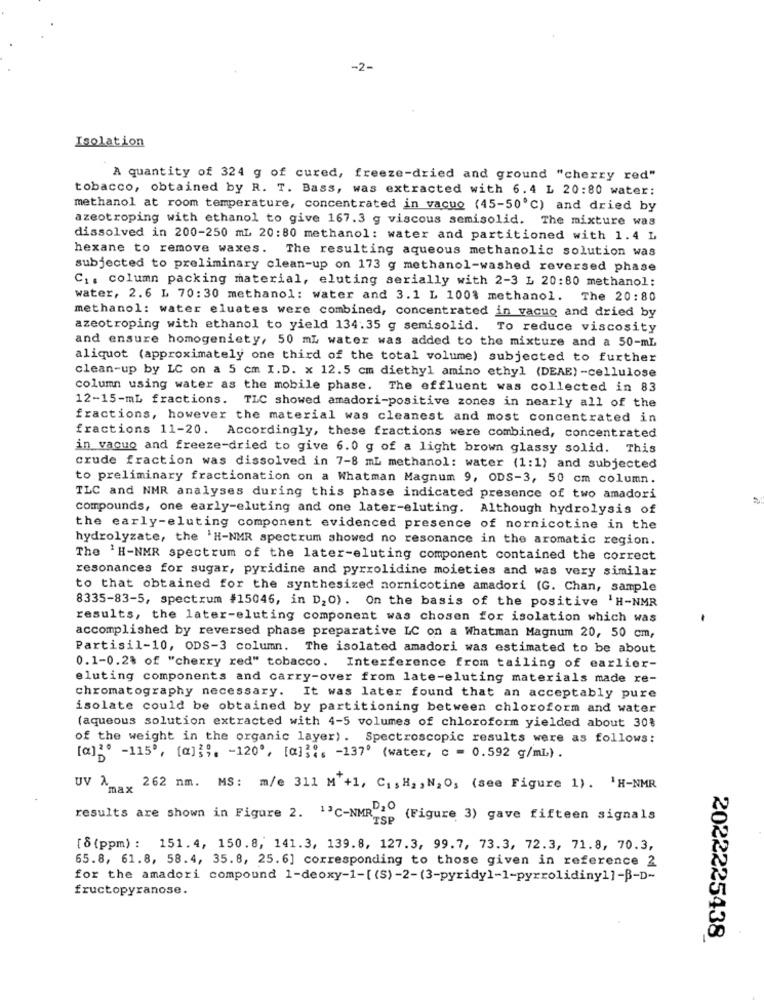
-2-
Isolation
A quantity of 324 g of cured, freeze-dried and ground "cherry red"
tobacco, obtained by R. T. Bass, was extracted with 6.4 L 20:80 water:
methanol at room temperature, concentrated in vacuo (45-50℃) and dried by
azeotroping with ethanol to give 167.3 g viscous semisolid. The mixture was
dissolved in 200-250 mL 20:80 methanol: water and partitioned with 1.4 L
hexane to remove waxes. The resulting aqueous methanolic solution was
subjected to preliminary clean-up on 173 g methanol-washed reversed phase
C1. column packing material, eluting serially with 2-3 L 20:80 methanol:
water, 2.6 L 70:30 methanol: water and 3.1 L 100% methanol. The 20:80
methanol: water eluates were combined, concentrated in vacuo and dried by
azeotroping with ethanol to yield 134.35 g semisolid. To reduce viscosity
and ensure homogeniety, 50 mL water was added to the mixture and a 50-mL
aliquot (approximately one third of the total volume) subjected to further
clean-up by LC on a 5 cm I.D. x 12.5 cm diethyl amino ethyl (DEAE) -cellulose
column using water as the mobile phase. The effluent was collected in 83
12-15-mL fractions. TLC showed amadori-positive zones in nearly all of the
fractions, however the material was cleanest and most concentrated in
fractions 11-20. Accordingly, these fractions were combined, concentrated
in vacuo and freeze-dried to give 6.0 g of a light brown glassy solid. This
crude fraction was dissolved in 7-8 mL methanol: water (1:1) and subjected
to preliminary fractionation on a Whatman Magnum 9, ODS-3, 50 cm column.
TLC and NMR analyses during this phase indicated presence of two amadori
compounds, one early-eluting and one later-eluting.
Although hydrolysis of
the early-eluting component evidenced presence of nornicotine in the
hydrolyzate, the 'H-NMR spectrum showed no resonance in the aromatic region.
The 'H-NMR spectrum of the later-eluting component contained the correct
resonances for sugar, pyridine and pyrrolidine moieties and was very similar
to that obtained for the synthesized nornicotine amadori (G. Chan, sample
8335-83-5, spectrum #15046, in D,O). On the basis of the positive 'H-NMR
results, the later-eluting component was chosen for isolation which was
accomplished by reversed phase preparative LC on a Whatman Magnum 20, 50 cm,
Partisil-10, ODS-3 column. The isolated amadori was estimated to be about
0.1-0.2% of "cherry red" tobacco. Interference from tailing of earlier-
eluting components and carry-over from late-eluting materials made re-
chromatography necessary. It was later found that an acceptably pure
isolate could be obtained by partitioning between chloroform and water
(aqueous solution extracted with 4-5 volumes of chloroform yielded about 30%
of the weight in the organic layer). Spectroscopic results were as follows:
[a]2º -115', [a] } ;, - 120, [a]} ;, - 137 (water, c = 0.592 g/mL) .
UV A_
"max
262 mm. MS: m/e 311 M +1, C1,H2, N2O, (see Figure 1) . 'H-NMR
results are shown in Figure 2. 13C-NMRD20
"rsp (Figure 3) gave fifteen signals
[8 (ppm) : 151. 4, 150.8, 141.3, 139.8, 127.3, 99.7, 73.3, 72.3, 71.8, 70.3,
65.8, 61.8, 58.4, 35.8, 25.6] corresponding to those given in reference 2
for the amadori compound 1-deoxy-1-[ (S)-2-(3-pyridy1-1-pyrrolidiny1]-B-D-
fructopyranose.
2022225438